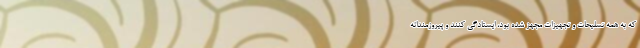
که به همه تسلیحات و تجهیزات مجهز شده بود، ایستادگی کنند و پیروزمندانه